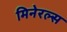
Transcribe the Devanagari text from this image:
मिनेरल्स